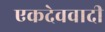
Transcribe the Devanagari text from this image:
एकदेववादी